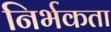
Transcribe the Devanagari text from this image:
निर्भकता